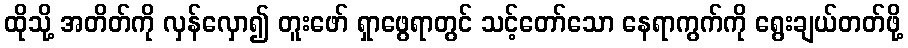
ထိုသို့ အတိတ်ကို လှန်လှော၍ တူးဖော် ရှာဖွေရာတွင် သင့်တော်သော နေရာကွက်ကို ရွေးချယ်တတ်ဖို့